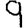
Digit: 9